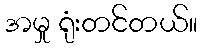
အမှု ရုံးတင်တယ်။